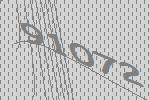
91072